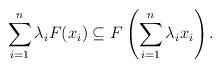
LaTeX: \begin{align*}\sum_{i=1}^n \lambda_i F(x_i)\subseteq F\left(\sum_{i=1}^n \lambda_ix_i\right).\end{align*}